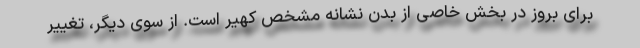
برای بروز در بخش خاصی از بدن نشانه مشخص کهیر است. از سوی دیگر، تغییر